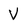
Character: V